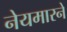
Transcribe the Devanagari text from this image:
नेयमारने